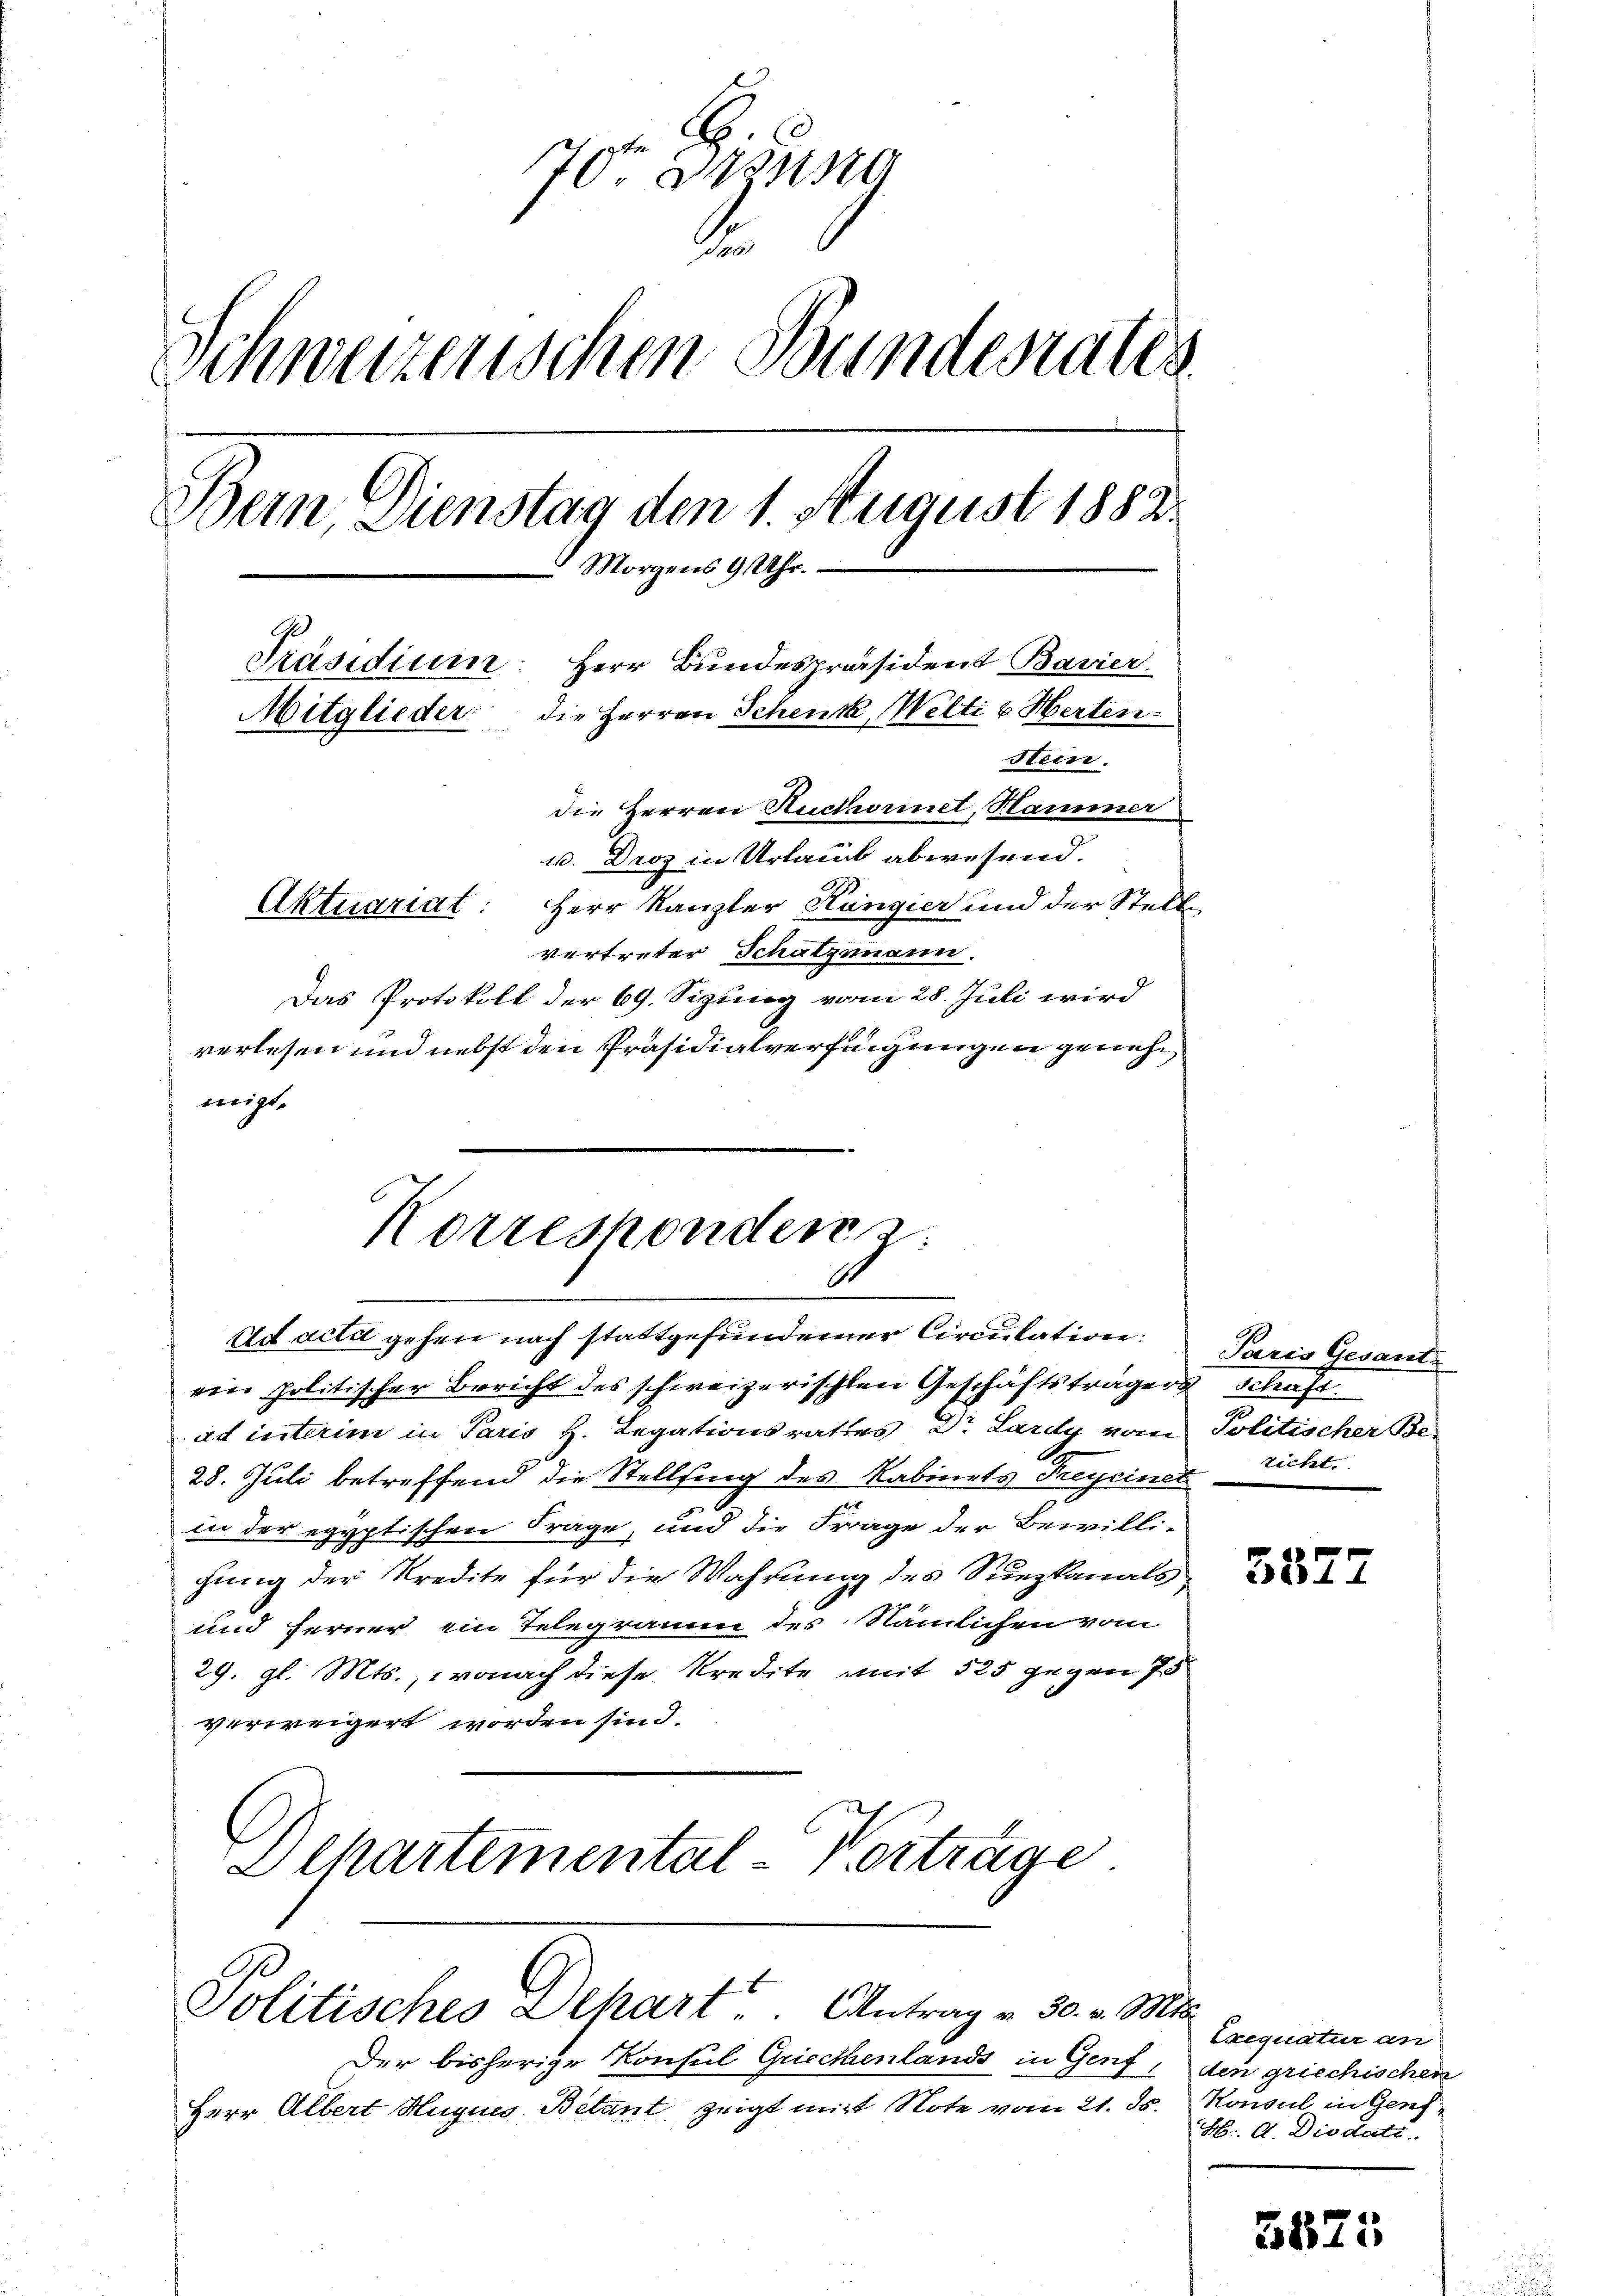
70ten Gesung
.
Schweizerischen Bundesrates
Bein, Dienstag den 1. August 1882.
 Morgens 9 Uhr.
G
Präsidium: Herr Bundespräsident Bavier.
Mitglieder die Herren Schenk, Welti u Herten
Hein.
die Herren Auctorinet, Hammer
u. Droz in Urlaub abwesend.
Aktuariat: Herr Kanzler Küngier und der Stell
vertreter Schatzmann.

Das Protokoll der 69. Sizung vom 28. Juli wird
verlesen und nebst den Präsidialverfügungen genehmigt.

ein politischer Bericht des schweizerischen Geschäftsträger Schaft.
ad interim in Paris H. Legationsrathes Dr. Lardy vom Politischer Be-
28. Juli betreffend die Stellung des Kabinets Freyeiner richt.
in der egyptischen Frage, und die Frage der Bewilli-
hung der Kredite für die Wahrung des Sunzkanals
und ferner ein Telegramm des Nämlichen vom
29. gl. Mts., wonach diese Kredite mit 525 gegen 75
verweigert worden sind.
Dchartemental-Vortrage

Korresponder
ad acti gehen nach stattgefundener Circulation:

Politisches Schart. Antrag v. 30. v. Mts.

Der bisherige Konsul Griechenlands in Genf,
Herr Albert Hugues Betant zeigt mit Note vom 21. ds. Konsul in Gens¬

Paris Gesant.

5577

Exequatur an
den griechischen
H. A. Diodati

5875